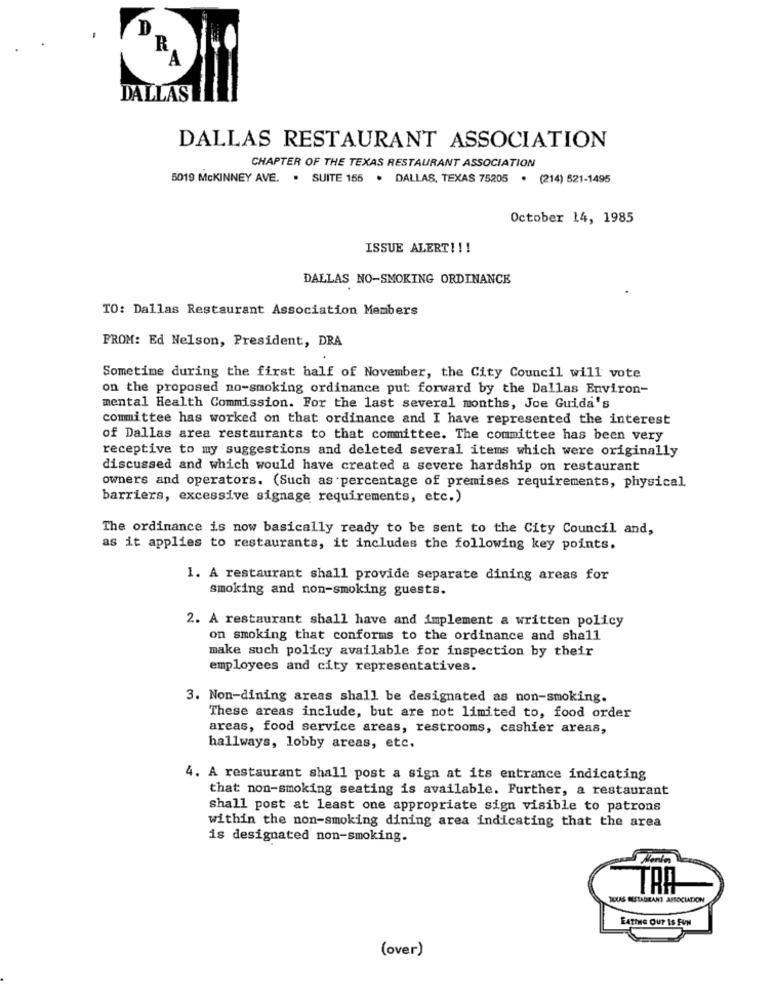
R
A
DALLAS
DALLAS RESTAURANT ASSOCIATION
CHAPTER OF THE TEXAS RESTAURANT ASSOCIATION
5019 MCKINNEY AVE. . SUITE 155 . DALLAS, TEXAS 75205 . (214) 521-1495
October 14, 1985
ISSUE ALERT !!!
DALLAS NO-SMOKING ORDINANCE
TO: Dallas Restaurant Association Members
FROM: Ed Nelson, President, DRA
Sometime during the first half of November, the City Council will vote
on the proposed no-smoking ordinance put forward by the Dallas Environ-
mental Health Commission. For the last several months, Joe Guida's
committee has worked on that ordinance and I have represented the interest
of Dallas area restaurants to that committee. The committee has been very
receptive to my suggestions and deleted several items which were originally
discussed and which would have created a severe hardship on restaurant
owners and operators. (Such as percentage of premises requirements, physical
barriers, excessive signage requirements, etc.)
The ordinance is now basically ready to be sent to the City Council and,
as it applies to restaurants, it includes the following key points.
1. A restaurant shall provide separate dining areas for
smoking and non-smoking guests.
2. A restaurant shall have and implement a written policy
on smoking that conforms to the ordinance and shall
make such policy available for inspection by their
employees and city representatives.
3. Non-dining areas shall be designated as non-smoking.
These areas include, but are not limited to, food order
areas, food service areas, restrooms, cashier areas,
hallways, lobby areas, etc.
4. A restaurant shall post a sign at its entrance indicating
that non-smoking seating is available. Further, a restaurant
shall post at least one appropriate sign visible to patrons
within the non-smoking dining area indicating that the area
is designated non-smoking.
TRA
NOUS RESTAURANT ASSOCIATION
EATING OUT IS FUN
(over)